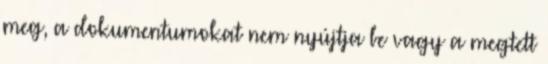
meg, a dokumentumokat nem nyújtja be vagy a megtett